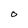
Character: 0